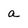
Character: a